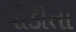
પીડીતા